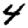
Digit: 4